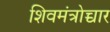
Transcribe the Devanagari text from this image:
शिवमंत्रोच्चार